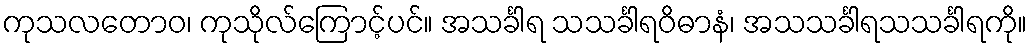
ကုသလတောဝ၊ ကုသိုလ်ကြောင့်ပင်။ အသင်္ခါရ သသင်္ခါရဝိဓာနံ၊ အသသင်္ခါရသသင်္ခါရကို။